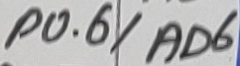
Text: P0.6/AD6